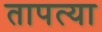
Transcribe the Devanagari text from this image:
तापत्या